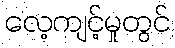
လေ့ကျင့်မှုတွင်